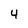
Character: 4